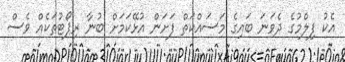
އެކު ފިލްމުގެ ދެވަނަ ބައިގެ މަސައްކަތް ފަށަން އުޅޭކަމަށް ބުނާ ރިޕޯޓުތަކެއް ވެސް